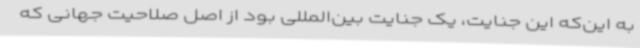
به این‌که این جنایت، یک جنایت بین‌المللی بود از اصل صلاحیت جهانی که